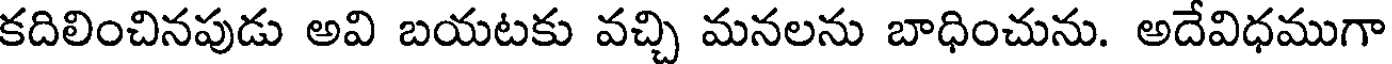
కదిలించినపుడు అవి బయటకు వచ్చి మనలను బాధించును. అదేవిధముగా